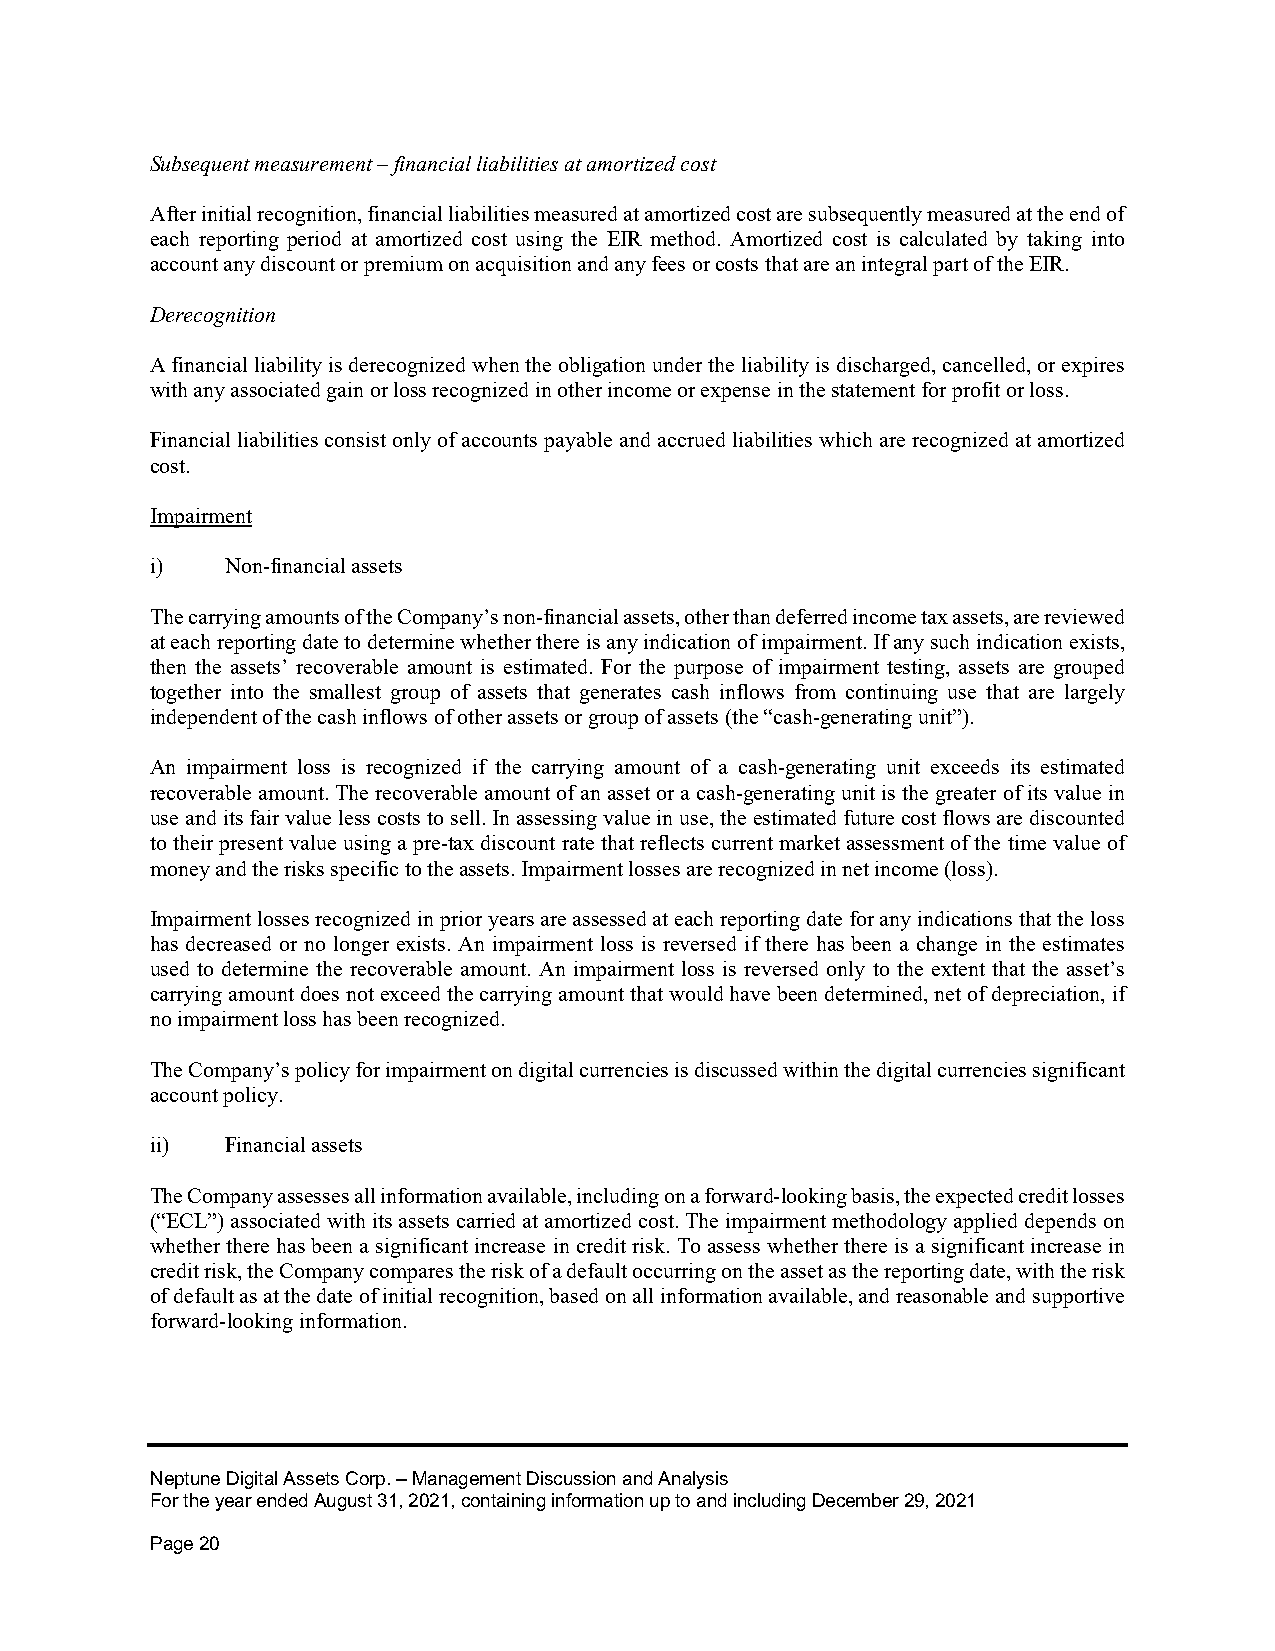
Subsequent measurement – financial liabilities at amortized cost
 After initial recognition, financial liabilities measured at amortized cost are subsequently measured at the end of
 each reporting period at amortized cost using the EIR method. Amortized cost is calculated by taking into
 account any discount or premium on acquisition and any fees or costs that are an integral part of the EIR.
 Derecognition
 A financial liability is derecognized when the obligation under the liability is discharged, cancelled, or expires
 with any associated gain or loss recognized in other income or expense in the statement for profit or loss.
 Financial liabilities consist only of accounts payable and accrued liabilities which are recognized at amortized
 cost.
 Impairment
 i)   Non-financial assets
 The carrying amounts of the Company’s non-financial assets, other than deferred income tax assets, are reviewed
 at each reporting date to determine whether there is any indication of impairment. If any such indication exists,
 then the assets’ recoverable amount is estimated. For the purpose of impairment testing, assets are grouped
 together into the smallest group of assets that generates cash inflows from continuing use that are largely
 independent of the cash inflows of other assets or group of assets (the “cash-generating unit”).
 An impairment loss is recognized if the carrying amount of a cash-generating unit exceeds its estimated
 recoverable amount. The recoverable amount of an asset or a cash-generating unit is the greater of its value in
 use and its fair value less costs to sell. In assessing value in use, the estimated future cost flows are discounted
 to their present value using a pre-tax discount rate that reflects current market assessment of the time value of
 money and the risks specific to the assets. Impairment losses are recognized in net income (loss).
 Impairment losses recognized in prior years are assessed at each reporting date for any indications that the loss
 has decreased or no longer exists. An impairment loss is reversed if there has been a change in the estimates
 used to determine the recoverable amount. An impairment loss is reversed only to the extent that the asset’s
 carrying amount does not exceed the carrying amount that would have been determined, net of depreciation, if
 no impairment loss has been recognized.
 The Company’s policy for impairment on digital currencies is discussed within the digital currencies significant
 account policy.
 ii)  Financial assets
 The Company assesses all information available, including on a forward-looking basis, the expected credit losses
 (“ECL”) associated with its assets carried at amortized cost. The impairment methodology applied depends on
 whether there has been a significant increase in credit risk. To assess whether there is a significant increase in
 credit risk, the Company compares the risk of a default occurring on the asset as the reporting date, with the risk
 of default as at the date of initial recognition, based on all information available, and reasonable and supportive
 forward-looking information.
 Neptune Digital Assets Corp. – Management Discussion and Analysis
 For the year ended August 31, 2021, containing information up to and including December 29, 2021
 Page 20